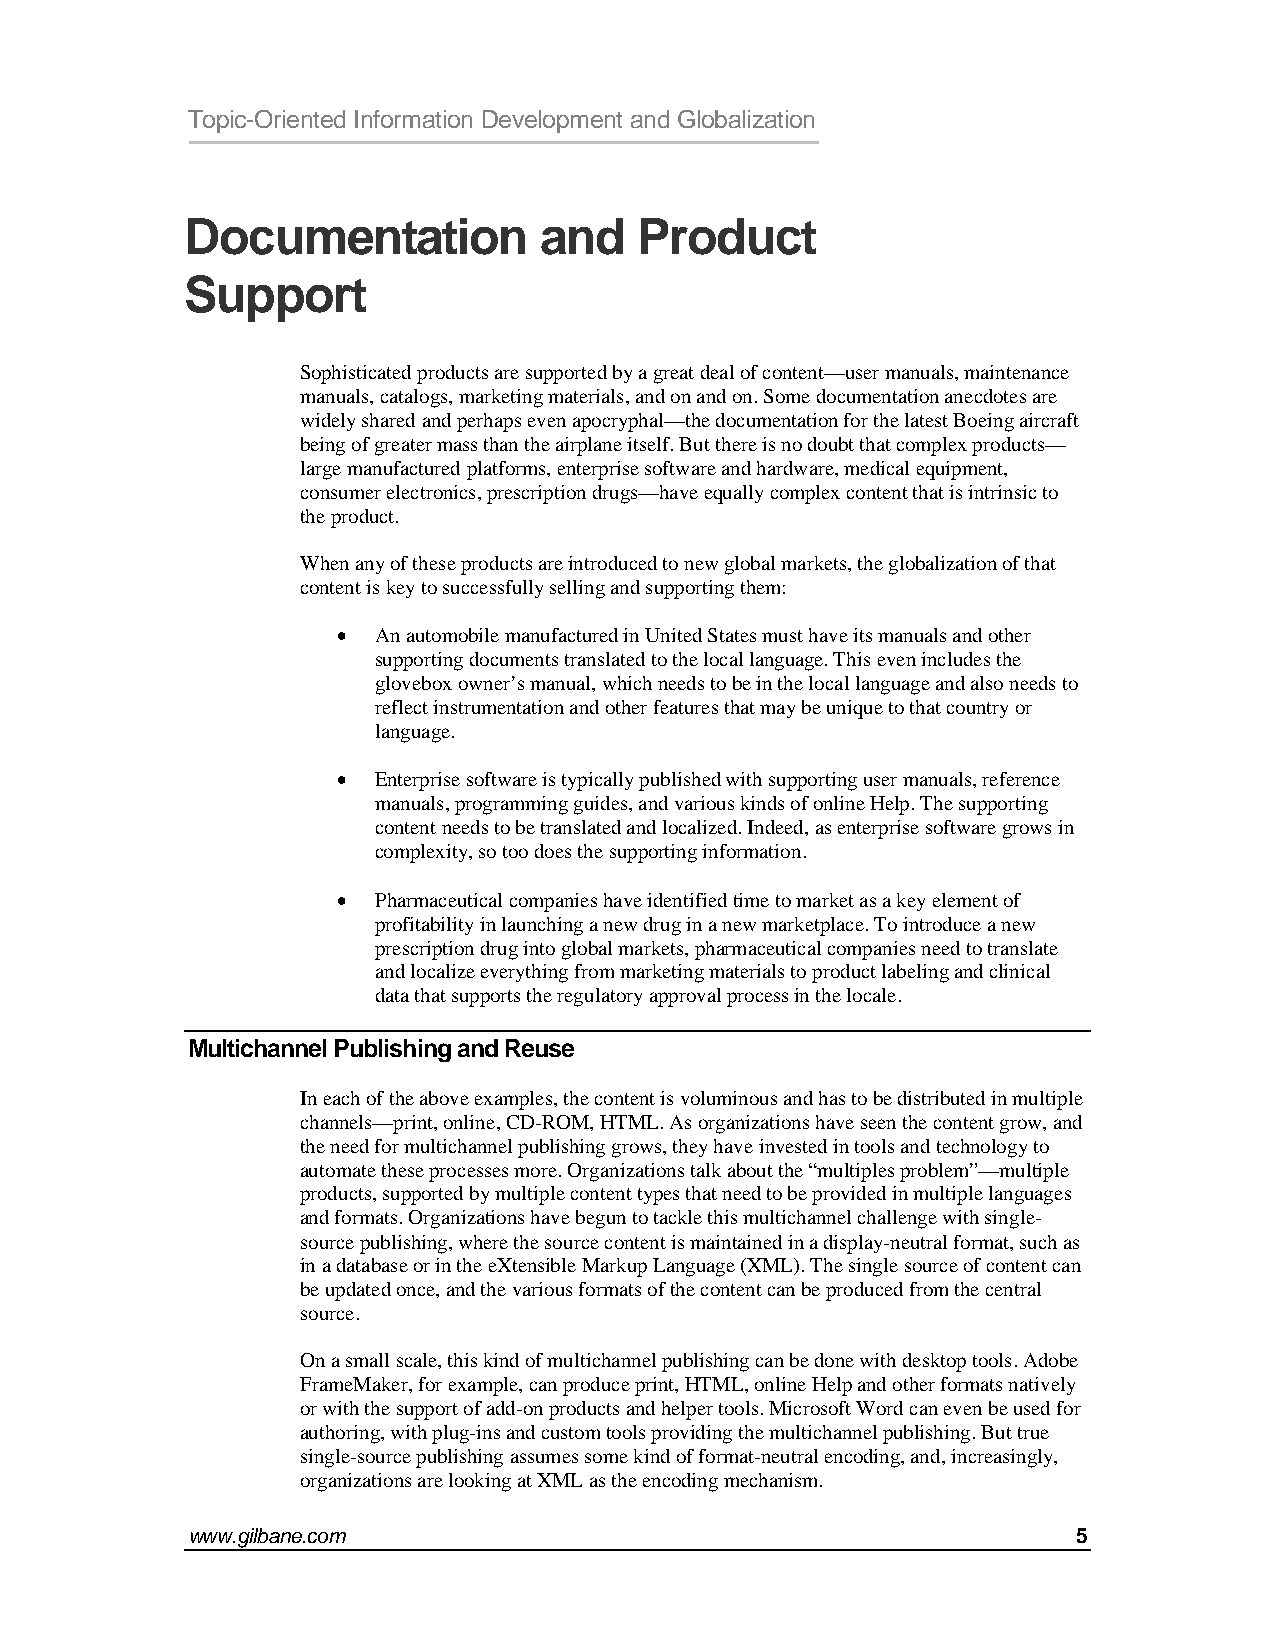
Topic-Oriented Information Development and Globalization
 Documentation           and   Product
 Support
 Sophisticated products are supported by a great deal of content—user manuals, maintenance
 manuals, catalogs, marketing materials, and on and on. Some documentation anecdotes are
 widely shared and perhaps even apocryphal—the documentation for the latest Boeing aircraft
 being of greater mass than the airplane itself. But there is no doubt that complex products—
 large manufactured platforms, enterprise software and hardware, medical equipment,
 consumer electronics, prescription drugs—have equally complex content that is intrinsic to
 the product.
 When any of these products are introduced to new global markets, the globalization of that
 content is key to successfully selling and supporting them:
 •  An automobile manufactured in United States must have its manuals and other
 supporting documents translated to the local language. This even includes the
 glovebox owner’s manual, which needs to be in the local language and also needs to
 reflect instrumentation and other features that may be unique to that country or
 language.
 •  Enterprise software is typically published with supporting user manuals, reference
 manuals, programming guides, and various kinds of online Help. The supporting
 content needs to be translated and localized. Indeed, as enterprise software grows in
 complexity, so too does the supporting information.
 •  Pharmaceutical companies have identified time to market as a key element of
 profitability in launching a new drug in a new marketplace. To introduce a new
 prescription drug into global markets, pharmaceutical companies need to translate
 and localize everything from marketing materials to product labeling and clinical
 data that supports the regulatory approval process in the locale.
 Multichannel Publishing and Reuse
 In each of the above examples, the content is voluminous and has to be distributed in multiple
 channels—print, online, CD-ROM, HTML. As organizations have seen the content grow, and
 the need for multichannel publishing grows, they have invested in tools and technology to
 automate these processes more. Organizations talk about the “multiples problem”—multiple
 products, supported by multiple content types that need to be provided in multiple languages
 and formats. Organizations have begun to tackle this multichannel challenge with single-
 source publishing, where the source content is maintained in a display-neutral format, such as
 in a database or in the eXtensible Markup Language (XML). The single source of content can
 be updated once, and the various formats of the content can be produced from the central
 source.
 On a small scale, this kind of multichannel publishing can be done with desktop tools. Adobe
 FrameMaker, for example, can produce print, HTML, online Help and other formats natively
 or with the support of add-on products and helper tools. Microsoft Word can even be used for
 authoring, with plug-ins and custom tools providing the multichannel publishing. But true
 single-source publishing assumes some kind of format-neutral encoding, and, increasingly,
 organizations are looking at XML as the encoding mechanism.
 www.gilbane.com                                            5